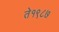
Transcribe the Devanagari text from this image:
ते१९८७